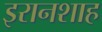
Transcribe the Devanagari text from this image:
इरानशाह